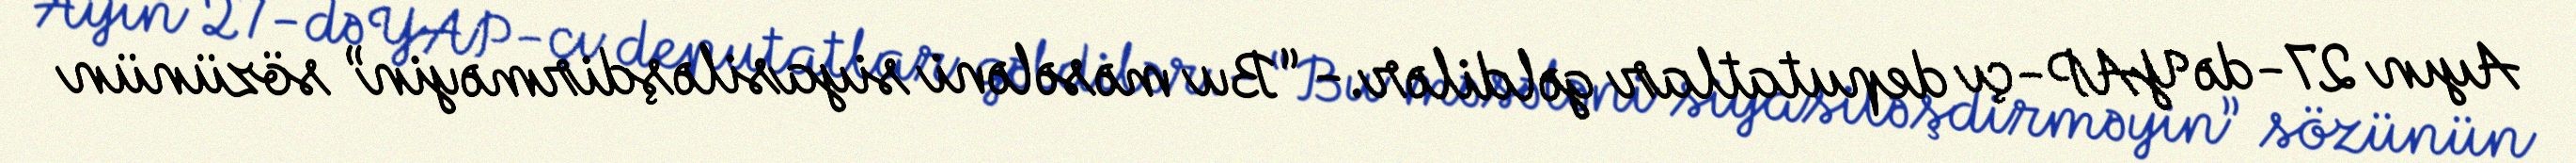
Ayın 27-də YAP-çı deputatlar gəldilər.- “Bu məsələni siyasiləşdirməyin” sözünün